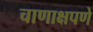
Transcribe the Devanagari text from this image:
चाणाक्षपणे